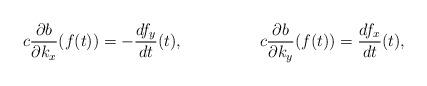
LaTeX: \begin{align*}c \frac{\partial b}{\partial k_x}(f(t)) &= - \frac{df_y}{dt}(t), &c \frac{\partial b}{\partial k_y}(f(t)) &= \frac{df_x}{dt}(t),\end{align*}